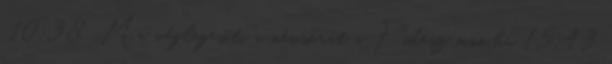
10:38 Ma véglegesíti a névsorát a Fidesz mno.hu 15:43